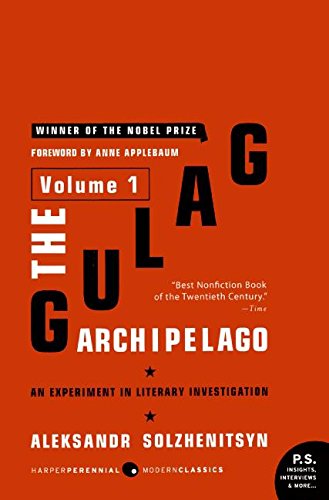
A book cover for The Gulag Archipelago Volume 1: An Experiment in Literary Investigation; Aleksandr I. Solzhenitsyn; Literature & Fiction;